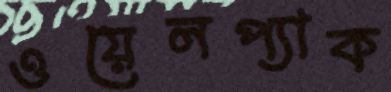
ওয়েলপ্যাক